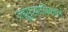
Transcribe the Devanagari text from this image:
जह्नुपुत्र्यास्रिकालं